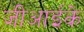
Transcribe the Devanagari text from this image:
जीआईके